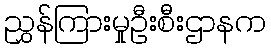
ညွှန်ကြားမှုဦးစီးဌာနက